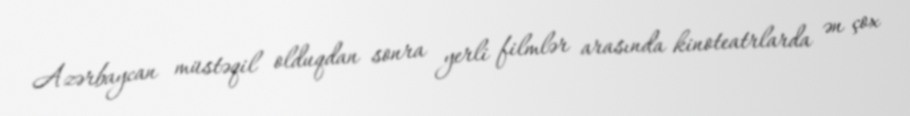
Azərbaycan müstəqil olduqdan sonra yerli filmlər arasında kinoteatrlarda ən çox